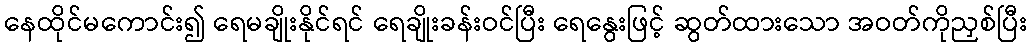
နေထိုင်မကောင်း၍ ရေမချိုးနိုင်ရင် ရေချိုးခန်းဝင်ပြီး ရေနွေးဖြင့် ဆွတ်ထားသော အဝတ်ကိုညှစ်ပြီး